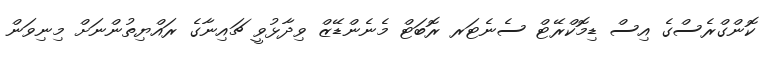
ކޮންގްރެސްގެ އިސް ޑިމޮކްރޭޓް ސެނެޓަރ ރޮބަޓް މެނެންޑޭޒް ވިދާޅުވީ ޗައިނާގެ ރައްޔިތުންނަށް މިނިވަން